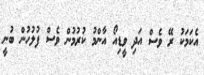
އެކަމަކު ރޭ ވެސް އަދި ވީޑިއޯ އާންމު ކުރުމުން ވެސް ފުލުހުން ބުނީ